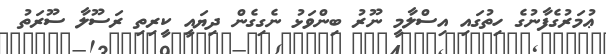
ޢުމަރުގެފާނުގެ ހިތުގައި އިސްލާމީ ނޫރު ބިންވަޅު ނެގިގެން ދިޔައީ ކީރިތި ރަސޫލާ ސޫރަތު